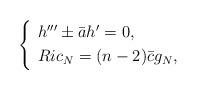
LaTeX: \begin{align*}\left\{ \begin{array}[pos]{ll}h'''\pm\bar{a}h'=0,\\\noalign{\smallskip}Ric_{N}=(n-2)\bar{c}g_{N},\end{array}\right.\end{align*}